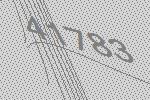
41783